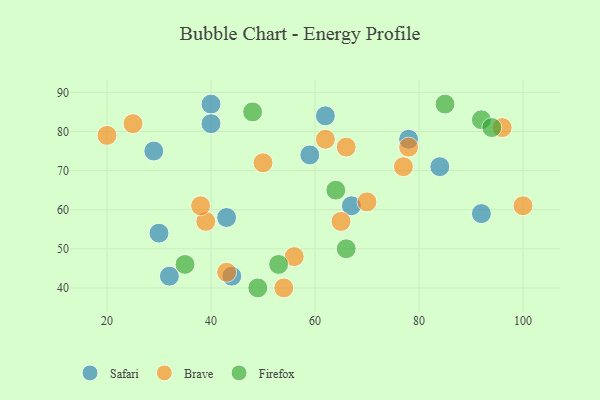
{"axis": {"x": "GDP", "y": "Life Expectancy"}, "legend": ["Brave", "Firefox", "Safari"], "data": [{"x": "62", "y": 84, "type": "Safari"}, {"x": "44", "y": 43, "type": "Safari"}, {"x": "29", "y": 75, "type": "Safari"}, {"x": "30", "y": 54, "type": "Safari"}, {"x": "78", "y": 78, "type": "Safari"}, {"x": "40", "y": 87, "type": "Safari"}, {"x": "32", "y": 43, "type": "Safari"}, {"x": "67", "y": 61, "type": "Safari"}, {"x": "43", "y": 58, "type": "Safari"}, {"x": "40", "y": 82, "type": "Safari"}, {"x": "84", "y": 71, "type": "Safari"}, {"x": "59", "y": 74, "type": "Safari"}, {"x": "92", "y": 59, "type": "Safari"}, {"x": "54", "y": 40, "type": "Brave"}, {"x": "56", "y": 48, "type": "Brave"}, {"x": "78", "y": 76, "type": "Brave"}, {"x": "70", "y": 62, "type": "Brave"}, {"x": "39", "y": 57, "type": "Brave"}, {"x": "62", "y": 78, "type": "Brave"}, {"x": "77", "y": 71, "type": "Brave"}, {"x": "100", "y": 61, "type": "Brave"}, {"x": "96", "y": 81, "type": "Brave"}, {"x": "38", "y": 61, "type": "Brave"}, {"x": "43", "y": 44, "type": "Brave"}, {"x": "20", "y": 79, "type": "Brave"}, {"x": "65", "y": 57, "type": "Brave"}, {"x": "50", "y": 72, "type": "Brave"}, {"x": "25", "y": 82, "type": "Brave"}, {"x": "66", "y": 76, "type": "Brave"}, {"x": "64", "y": 65, "type": "Firefox"}, {"x": "92", "y": 83, "type": "Firefox"}, {"x": "66", "y": 50, "type": "Firefox"}, {"x": "53", "y": 46, "type": "Firefox"}, {"x": "35", "y": 46, "type": "Firefox"}, {"x": "48", "y": 85, "type": "Firefox"}, {"x": "85", "y": 87, "type": "Firefox"}, {"x": "49", "y": 40, "type": "Firefox"}, {"x": "94", "y": 81, "type": "Firefox"}]}